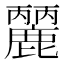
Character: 𪋘